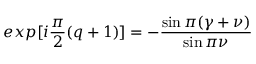
e x p [ i \frac { \pi } { 2 } ( q + 1 ) ] = - \frac { \sin \pi ( \gamma + \nu ) } { \sin \pi \nu }